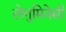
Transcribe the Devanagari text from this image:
लेगुमिनेसी